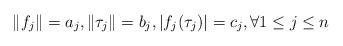
LaTeX: \begin{align*}\|f_j\|=a_j, \|\tau_j\|=b_j,|f_j(\tau_j)|=c_j, \forall 1\leq j \leq n\end{align*}